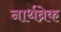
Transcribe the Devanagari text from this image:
नार्थब्रेक